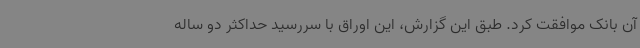
آن بانک موافقت کرد. طبق این گزارش، این اوراق با سررسید حداکثر دو ساله